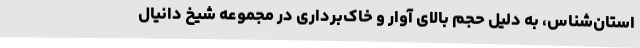
استان‌شناس، به دلیل حجم بالای آوار و خاک‌برداری در مجموعه شیخ دانیال